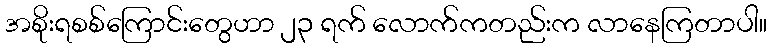
အစိုးရစစ်ကြောင်းတွေဟာ ၂၃ ရက် လောက်ကတည်းက လာနေကြတာပါ။